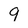
Character: 9